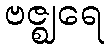
ဗဇ္ဈရေ